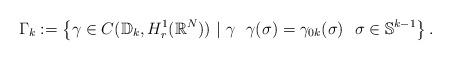
LaTeX: \begin{align*} \Gamma_k:=\left\{\gamma\in C(\mathbb{D}_k,H^1_r(\mathbb{R}^N))~|~\gamma~~\gamma(\sigma)=\gamma_{0k}(\sigma)~~\sigma\in \mathbb{S}^{k-1}\right\}.\end{align*}